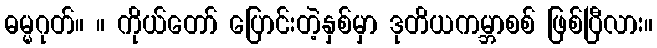
ဓမ္မဂုတ်။ ။ ကိုယ်တော် ပြောင်းတဲ့နှစ်မှာ ဒုတိယကမ္ဘာစစ် ဖြစ်ပြီလား။